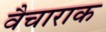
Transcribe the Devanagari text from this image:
वैचाराक